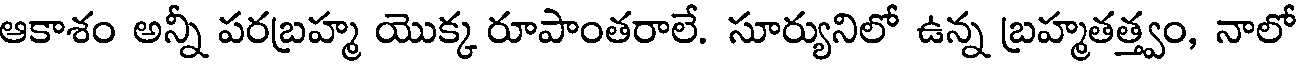
ఆకాశం అన్నీ పరబ్రహ్మ యొక్క రూపాంతరాలే. సూర్యునిలో ఉన్న బ్రహ్మతత్త్వం, నాలో